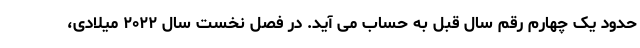
حدود یک چهارم رقم سال قبل به حساب می آید. در فصل نخست سال ۲۰۲۲ میلادی،